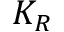
K _ { R }